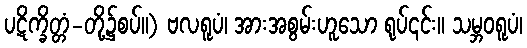
ပဋိက္ခိတ္တံ-တို့၌စပ်။) ဗလရူပံ၊ အားအစွမ်းဟူသော ရုပ်၎င်း။ သမ္ဘဝရူပံ၊